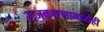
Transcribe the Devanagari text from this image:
राजकारणामध्येही